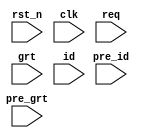
//-------------------------------------------------------
// Copyright (c) 2015 by Ando Ki
// All right reserved.
//
// http://www.dynalith.com
// adki@dynalith.com
//-------------------------------------------------------
`timescale 1ns/1ns

module check
     #(parameter WIDTH=32, BITW=log2(WIDTH))
(
       input  wire             rst_n
     , input  wire             clk
     , input  wire [WIDTH-1:0] req
     , input  wire [WIDTH-1:0] grt
     , input  wire [BITW   :0] id
     , input  wire [WIDTH-1:0] pre_grt
     , input  wire [BITW   :0] pre_id
);
    //---------------------------------------------
    integer errors=0;
    integer bit_grt=0;
    reg     err_grt=1'b0;
    reg [WIDTH-1:0] req_dly;
    //---------------------------------------------
    always @ (posedge clk or negedge rst_n) begin
    if (rst_n==1'b0) begin
    end else begin
        if (bit_grt>1) $display("%04d %m error %d grants", $time, bit_grt);
        if (err_grt)   $display("%04d %m error un-expected grant %X", $time, grt);
    end // if
    end // always
    //---------------------------------------------
    integer idx;
    always @ (posedge clk) begin
         bit_grt = 0;
         for (idx=0; idx<WIDTH; idx=idx+1) begin
              if (grt[idx]) begin
                  bit_grt = bit_grt + 1;
              end
         end
         if (bit_grt>1) errors = errors + 1;
    end
    //---------------------------------------------
    integer idy;
    always @ (posedge clk) begin
         req_dly <= req;
         for (idy=0; idy<WIDTH; idy=idy+1) begin
              if (grt[idy]) begin
                  if (req[idy]|req_dly[idy]) err_grt = 1'b0;
                  else err_grt = 1'b1;
              end
         end
    end
    //---------------------------------------------
    reg  [WIDTH-1:0] pre_grt_dly;
    reg  [BITW   :0] pre_id_dly;
    reg              rst_n_dly;
    //---------------------------------------------
    integer idz;
    always @ (posedge clk) begin
         pre_grt_dly <= pre_grt;
         pre_id_dly  <= pre_id ;
         rst_n_dly   <= rst_n  ;
         if ((rst_n==1'b1)&&(rst_n_dly==1'b1)) begin
            if (grt!==pre_grt_dly) $display("%04d pre grt error", $time);
            if (id !==pre_id_dly ) $display("%04d pre id error", $time);
         end // if
    end // always
    //---------------------------------------------
    function integer log2;
       input integer number;
       begin
          log2=0;
          while(2**log2<number) begin
             log2=log2+1;
          end
       end
    endfunction // log2
    //---------------------------------------------
endmodule
//-------------------------------------------------------